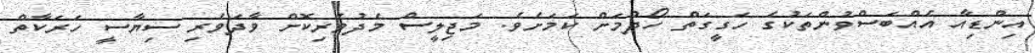
އިންޑިއާ އެއްބަސްވުންތަކުގެ ހަގީގަތް ހޯދުމަށް ކަމަށެވެ. މަޖިލީސް މެދުވެރިކޮށް ވާދަވެރި ސިޔާސީ ހަރަކާތް